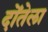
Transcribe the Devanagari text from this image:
दोंतेला